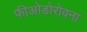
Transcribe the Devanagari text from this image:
फीओडोरोवना